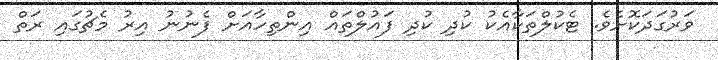
ވަރުގަދަކޮށެވެ. ޓެކުލްތަކާއެކު ކުދި ކުދި ފައުލްތައް އިންތިހާއަށް ފެނުނު އިރު މެޗުގައި ރަތް